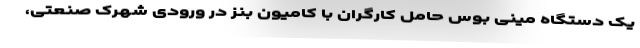
یک دستگاه مینی بوس حامل کارگران با کامیون بنز در ورودی شهرک صنعتی،